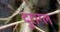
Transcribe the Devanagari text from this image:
दुराग्ल